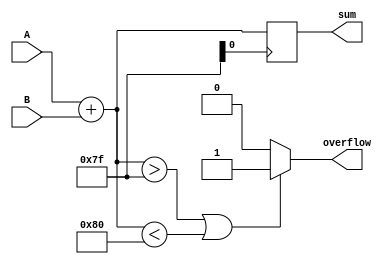
module fixed_point_adder(
    input signed [7:0] A,
    input signed [7:0] B,
    output reg signed [8:0] sum,
    output reg overflow
);

reg signed [8:0] temp_sum;

always @(*) begin
    temp_sum = A + B;
    if(temp_sum > 127 || temp_sum < -128) begin
        overflow = 1;
    end else begin
        overflow = 0;
    end
end

always @(posedge clk) begin
    sum <= temp_sum;
end

endmodule